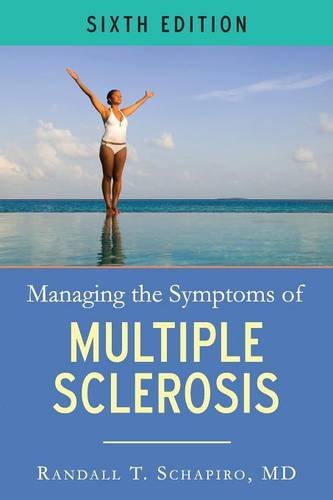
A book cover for Managing the Symptoms of MS; Randall T. Schapiro MD  FAAN; Health, Fitness & Dieting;